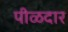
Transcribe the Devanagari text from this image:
पीळदार